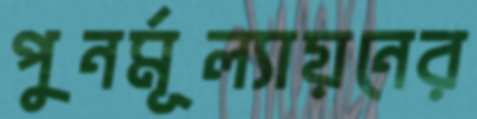
পুনর্মূল্যায়নের